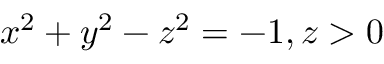
x ^ { 2 } + y ^ { 2 } - z ^ { 2 } = - 1 , z > 0